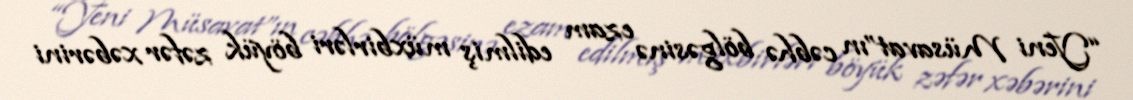
“Yeni Müsavat”ın cəbhə bölgəsinə ezam edilmiş müxbirləri böyük zəfər xəbərini